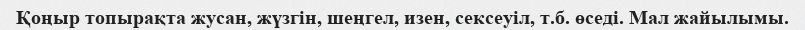
Қоңыр топырақта жусан, жүзгін, шеңгел, изен, сексеуіл, т.б. өседі. Мал жайылымы.